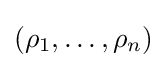
(\rho _{1},\ldots ,\rho _{n})